Civil Veterinary Dept. Bombay admin report 1893-99 - 1893-1899
Year: 1893
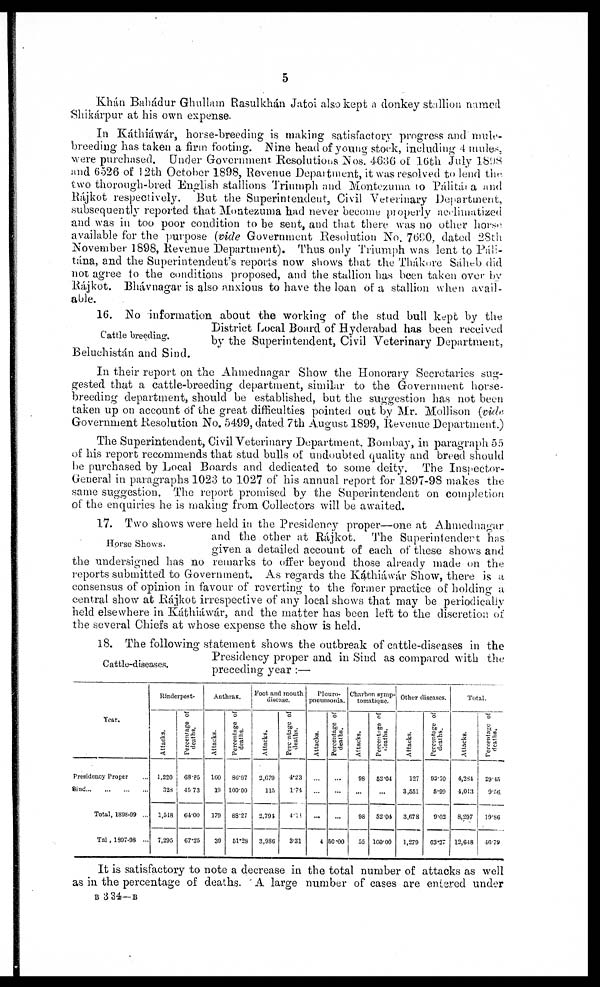
5
Khán Bahádur Ghullam Rasulkhán Jatoi also kept a donkey stallion named
Shikárpur at his own expense.
In Káthiáwár, horse-breeding is making satisfactory progress and mule-
breeding has taken a firm footing. Nine head of young stock, including 4 mules,
were purchased. Under Government Resolutions Nos. 4636 of 16th July 1898
and 6526 of 12th October 1898, Revenue Department, it was resolved to lend the
two thorough-bred English stallions Triumph and Montezuma to Pálitána and
Rájkot respectively. But the Superintendent, Civil Veterinary Department,
subsequently reported that Montezuma had never become properly acclimatized
and was in too poor condition to be sent, and that there was no other horse
available for the purpose (vide Government Resolution No. 7690, dated 28th
November 1898, Revenue Department). Thus only Triumph was lent to Páli¬
tána, and the Superintendent's reports now shows that the Thákore Sáheb did
not agree to the conditions proposed, and the stallion has been taken over by
Rájkot. Bhávnagar is also anxious to have the loan of a stallion when avail-
able.
Cattle breeding.
16. No information about the working of the stud bull kept by the
District Local Board of Hyderabad has been received
by the Superintendent, Civil Veterinary Department,
Beluchistán and Sind.
In their report on the Ahmednagar Show the Honorary Secretaries sug-
gested that a cattle-breeding department, similar to the Government horse-
breeding department, should be established, but the suggestion has not been
taken up on account of the great difficulties pointed out by Mr. Mollison (vide
Government Resolution No. 5499, dated 7th August 1899, Revenue Department.)
The Superintendent, Civil Veterinary Department. Bombay, in paragraph 55
of his report recommends that stud bulls of undoubted quality and breed should
be purchased by Local Boards and dedicated to some deity. The Inspector-
General in paragraphs 1023 to 1027 of his annual report for 1897-98 makes the
same suggestion, The report promised by the Superintendent on completion
of the enquiries he is making from Collectors will be awaited.
Horse Shows.
17. Two shows were held in the Presidency proper—one at Ahmednagar
and the other at Rájkot. The Superintendent has
given a detailed account of each of these shows and
the undersigned has no remarks to offer beyond those already made on the
reports submitted to Government. As regards the Káthiáwár Show, there is a
consensus of opinion in favour of reverting to the former practice of holding a
central show at Rájkot irrespective of any local shows that may be periodically
held elsewhere in Káthiáwár, and the matter has been left to the discretion of
the several Chiefs at whose expense the show is held.
Cattle-diseases.
18. The following statement shows the outbreak of cattle-diseases in the
Presidency proper and in Sind as compared with the
preceding year:—
Year.
Presidency Proper ...
Sind ... ... ... ...
Total, 1898-99 ...
Total, 1897-98 ...
Rinderpest.
Attacks.
1,220
328
1,518
7,295
Percentage of
deaths.
68.85
45.73
64.00
67.25
Anthrax.
Attacks.
160
19
170
30
Percentage of
deaths.
86.87
100.00
88.27
51.28
Foot and mouth
disease.
Attacks.
3,679
115
2,791
3,986
Percentage of
deaths.
4.23
1.74
4.11
3.31
Pleuro-
pneumonia.
Attacks.
...
...
...
4
Percentage of
deaths.
...
...
...
50.00
Charbon symp¬
tomatique.
Attacks.
98
...
98
55
Percentage of
deaths.
53.04
...
52.04
100.00
Other diseases.
Attacks.
127
3,551
3,678
1,279
Percentage of
deaths.
93.70
5.99
9-03
63.27
Total.
Attacks.
4,284
4,013
8,297
13,648
Percentage of
deaths.
29.45
9.56
19.86
46.79
It is satisfactory to note a decrease in the total number of attacks as well
as in the percentage of deaths. A large number of cases are entered under
B 334—B